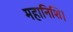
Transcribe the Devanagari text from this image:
महानिशि।